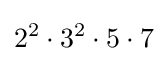
2^{2}\cdot 3^{2}\cdot 5\cdot 7